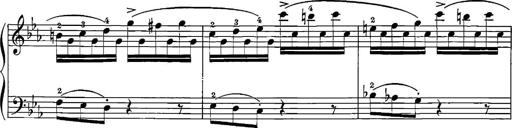
Title: 12 Sonatinas
Composer: Ignaz Pleyel